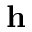
\mathbf { h }